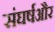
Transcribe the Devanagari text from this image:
संघर्षऔर